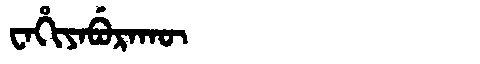
Manchu: ᠸᠠᡥᡳᠶᠠᠪᡠᡵᠠᡴᡡ
Romanization: WAHIYABURAKŪ